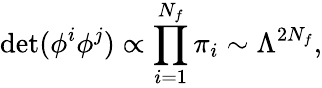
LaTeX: \operatorname*{det}(\phi^{i}\phi^{j})\propto\prod_{i=1}^{N_{f}}\pi_{i}\sim\Lambda^{2N_{f}},